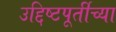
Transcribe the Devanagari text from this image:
उद्दिष्टपूर्तीच्या